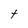
Character: t